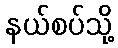
နယ်စပ်သို့